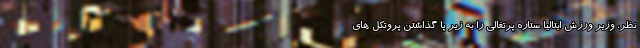
نظر، وزیر ورزش ایتالیا ستاره پرتغالی را به زیر پا گذاشتن پروتکل های